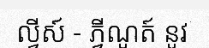
ល្វីស៍ - ភ្វីណូត៍ នូវ